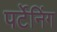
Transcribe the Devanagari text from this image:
पर्टेनिंग